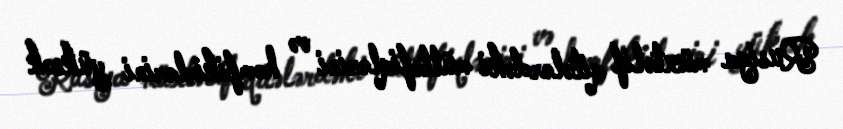
Rusiya müxtəlif qitələrdəki müttəfiqlərini və həmfikirlərini yüksək